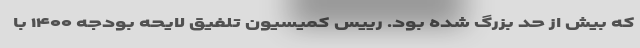
که بیش از حد بزرگ شده بود. رییس کمیسیون تلفیق لایحه بودجه ۱۴۰۰ با